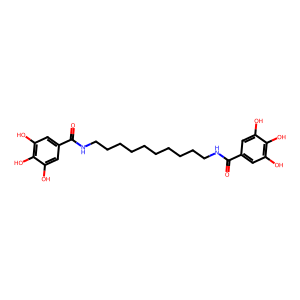
SMILES: O=C(NCCCCCCCCCCNC(=O)c1cc(O)c(O)c(O)c1)c1cc(O)c(O)c(O)c1
Inhibits HIV replication: No